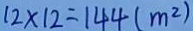
1 2 \times 1 2 = 1 4 4 ( m ^ { 2 } )